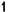
1